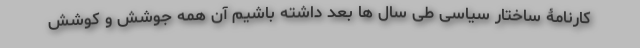
کارنامۀ ساختار سیاسی طی سال ها بعد داشته باشیم آن همه جوشش و کوشش